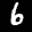
Label: 6